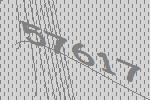
57617